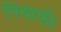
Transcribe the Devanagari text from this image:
पिथाफी